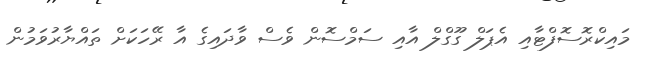
މައިކްރޮސޮފްޓާއި އެޕަލް ގޫގްލް އާއި ސަމްސޮން ވެސް ވާދައިގެ އާ ރޭހަކަށް ތައްޔާރުވަމުން